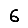
Digit: 6